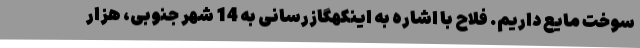
سوخت مایع داریم. فلاح با اشاره به اینکهگازرسانی به 14 شهر جنوبی، هزار